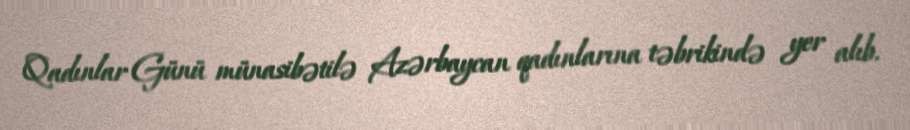
Qadınlar Günü münasibətilə Azərbaycan qadınlarına təbrikində yer alıb.